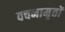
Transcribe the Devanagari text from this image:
वचनामृतों